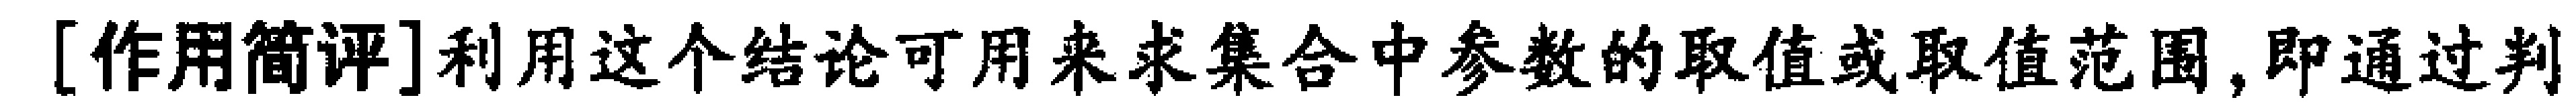
[作用简评]利用这个结论可用来求集合中参数的取值或取值范围,即通过判